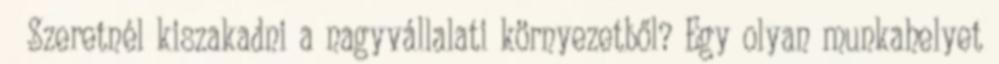
😉 Szeretnél kiszakadni a nagyvállalati környezetből? Egy olyan munkahelyet